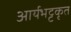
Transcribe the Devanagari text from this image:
आर्यभट्टकृत